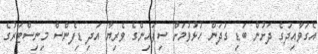
އެގަވާއިދުގެ ދަށުން ބަޑި ގުދަން ހުޅުވުމަށް ސިފައިންގެ ވެރިޔާ އަދި ޑިފެންސް މިނިސްޓަރުގެ